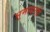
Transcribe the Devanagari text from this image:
भूमाधरती